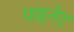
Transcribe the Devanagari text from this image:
पाइनेट